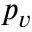
p _ { v }